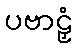
ပဗာဠှံ